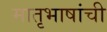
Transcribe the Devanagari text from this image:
मातृभाषांची